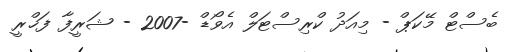
ބެސްޓް މޭކަޕް - މިއަދު ކްރިސްޓަލް އެވޯޑް -2007 - ޝަރީފާ ފަޚްރީ